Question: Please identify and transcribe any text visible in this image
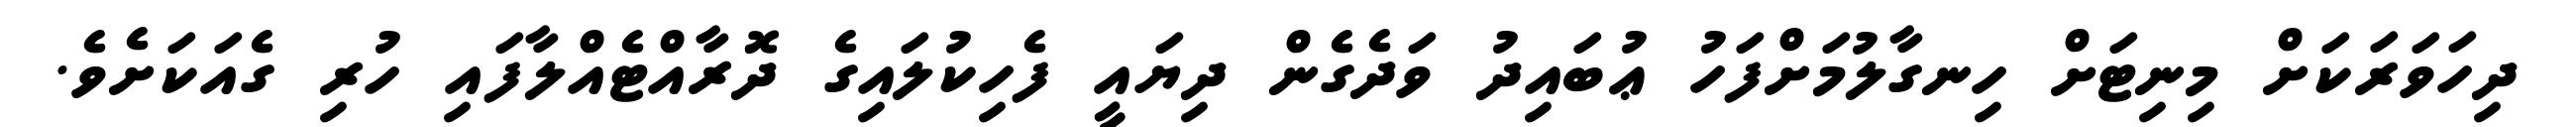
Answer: ދިހަވަރަކަށް މިނިޓަށް ހިނގާލުމަށްފަހު ޢުބައިދު ވަދެގެން ދިޔައީ ފެހިކުލައިގެ ދޮރާއްޓެއްލާފައި ހުރި ގެއަކަށެވެ.